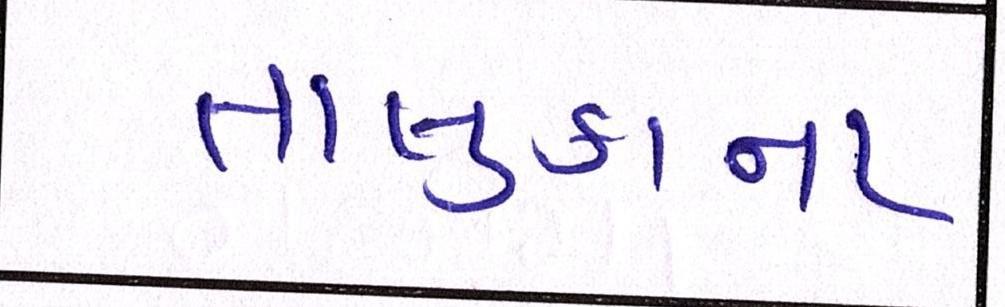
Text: તાલુકાના